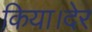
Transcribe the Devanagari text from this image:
किया।देर